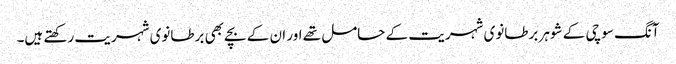
آنگ سو چی کے شوہر برطانوی شہریت کے حامل تھے اور ان کے بچے بھی برطانوی شہریت رکھتے ہیں۔